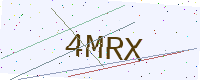
Text: 4MRX